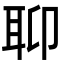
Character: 𦕅